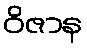
ဝိဇာန